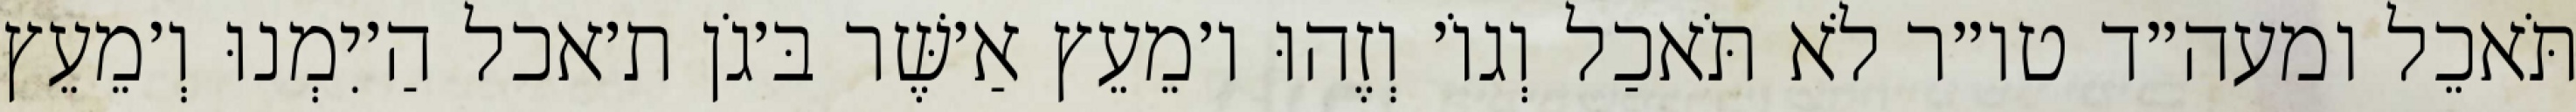
תֹּאכֵל ומעה״ד טו״ר לֹא תֹּאכַל וְגוֹ׳ וְזֶהוּ ו׳מֵעֵץ אַ׳שֶּׁר בּ׳גֹן ת׳אכל הַ׳יִמְנוּ וְ׳מֵעֵץ